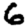
Digit: 6